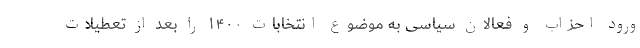
ورود احزاب و فعالان سیاسی به موضوع انتخابات ۱۴۰۰ را بعد از تعطیلات